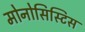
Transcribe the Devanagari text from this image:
मोनोसिस्टिस